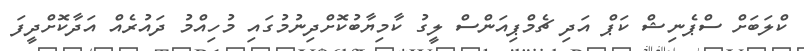
ކްލަބަށް ސްޕެނިޝް ކަޕް އަދި ޗެމްޕިއަންސް ލީގު ކާމިޔާބުކޮށްދިނުމުގައި މުހިއްމު ދައުރެއް އަދާކޮށްދީފަ